Indian journal of veterinary science and animal husbandry - Volume 6,
Year: 1936
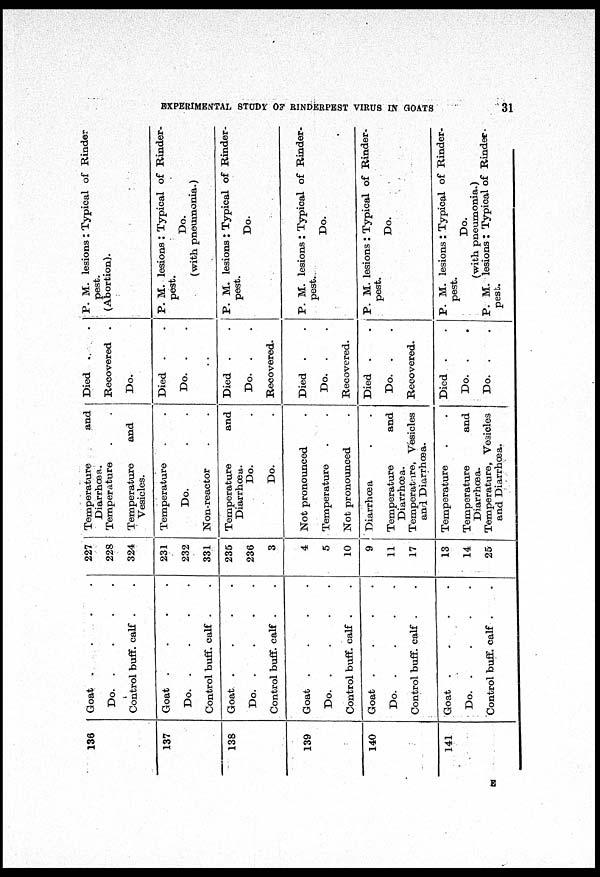
EXPERIMENTAL STUDY OF RINDERPEST
VIRUS
IN
GOATS
31
136
137
138
139
140
141
Goat . . . .
Do.
.
.
.
.
Control buff. calf . .
Goat . . . .
Do.
.
.
.
.
Control buff. calf . .
Goat . . . .
Do.
.
.
.
.
Control buff. calf . .
Goat . . . .
Do.
.
.
.
.
Control buff. calf . .
Goat . . . .
Do.
.
.
.
.
Control buff. calf . .
Goat . . . .
Do.
.
.
.
.
Control buff. calf . .
227
228
324
231
232
331
235
236
3
4
5
10
9
11
17
13
14
25
Temperature and
Diarrhœa.
Temperature . .
Temperature and
Vesicles.
Temperature
.
.
Do. . .
Non-reactor . .
Temperature and
Diarrhœa.
Do. .
Do. .
Not pronounced
.
Temperature . .
Not pronounced
.
Diarrhœa . .
Temperature and
Diarrhœa.
Temperature, Vesicles
and Diarrhœa.
Temperature
.
.
Temperature and
Diarrhœa.
Temperature, Vesicles
and
Diarrhœa.
Died . .
Recovered .
Do.
Died . .
Do. .
.
Died . .
Do. .
.
Recovered.
Died . .
Do. .
.
Recovered.
Died . .
Do. .
.
Recovered.
Died . .
Do. .
.
Do. .
.
P. M. lesions : Typical of Rinder
pest.
(Abortion).
P. M. lesions : Typical of Rinder-
pest.
Do.
(with pneumonia.)
P. M. lesions: Typical of Rinder-
pest.
Do.
P. M. lesions: Typical of Rinder-
pest.
Do.
P. M. lesions : Typical of Rinder-
pest.
Do.
P. M. lesions : Typical of Rinder-
-----
Do.
(with pneumonia.)
P. M. lesions: Typical of Rinder.
pest.
E